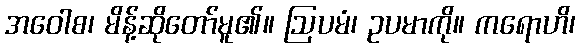
အဝေါစ၊ မိန့်ဆိုတော်မူ၏။ ဩပမံ၊ ဥပမာကို။ ကရောဟိ၊